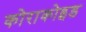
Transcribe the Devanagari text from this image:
कोराकोइड